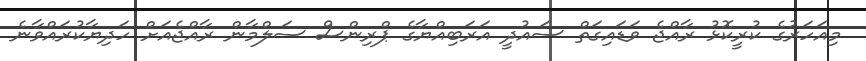
މިއަހަރުގެ ކުރީކޮޅު ރާއްޖެ ވަޑައިގަތް ސައުދީ އަރަބިއްޔާގެ ޕްރިންސް ސަލްމާން ރާއްޖެއަށް ހަދިޔާކުރައްވާނެ